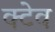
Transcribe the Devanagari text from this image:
क्टेव